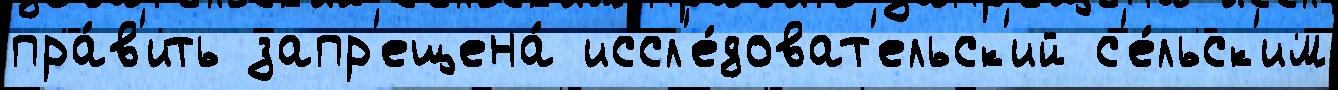
пра́в'ить запр'ещена́ иссл'е́доват'ельск'ий с'е́льск'им